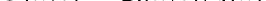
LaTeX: \smash{C(k,t)=\mathcal{Q}(k,t)/q(k)}